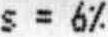
S = 6%